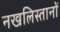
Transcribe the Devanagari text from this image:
नखलिस्तानों